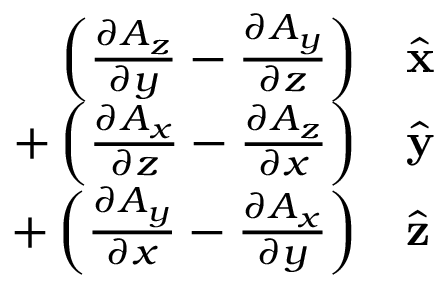
\begin{array} { r l } { \left( { \frac { \partial A _ { z } } { \partial y } } - { \frac { \partial A _ { y } } { \partial z } } \right) } & { { } { \hat { \mathbf { x } } } } \\ { + \left( { \frac { \partial A _ { x } } { \partial z } } - { \frac { \partial A _ { z } } { \partial x } } \right) } & { { } { \hat { \mathbf { y } } } } \\ { + \left( { \frac { \partial A _ { y } } { \partial x } } - { \frac { \partial A _ { x } } { \partial y } } \right) } & { { } { \hat { \mathbf { z } } } } \end{array}